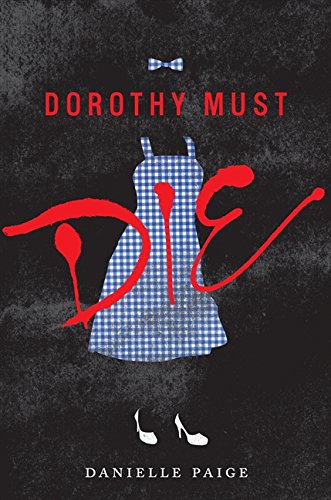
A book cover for Dorothy Must Die; Danielle Paige; Teen & Young Adult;